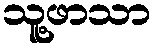
သူ့ဖာသာ